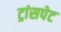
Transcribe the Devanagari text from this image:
ट्रांसपेट